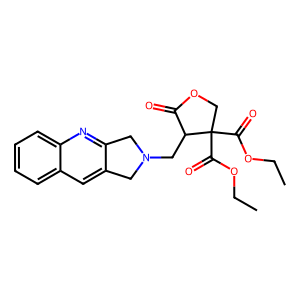
SMILES: CCOC(=O)C1(C(=O)OCC)COC(=O)C1CN1Cc2cc3ccccc3nc2C1
Inhibits HIV replication: No